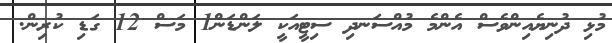
މުޅި ދުނިޔެއިންވެސް އެންމެ މުއްސަނދި ސިޓީއަކީ ލަންޑަން1 މަސް 12 ގަޑި ކުރިން.